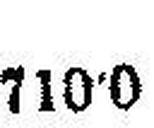
710•0